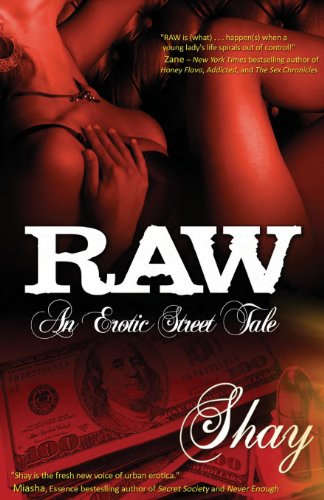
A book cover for Raw: An Erotic Street Tale; Shay; Romance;